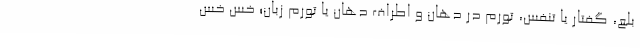
بلع، گفتار یا تنفس، تورم در دهان و اطراف دهان یا تورم زبان؛ خس خس